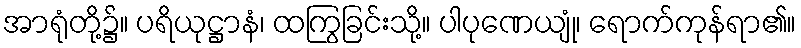
အာရုံတို့၌။ ပရိယုဋ္ဌာနံ၊ ထကြွခြင်းသို့။ ပါပုဏေယျုံ၊ ရောက်ကုန်ရာ၏။